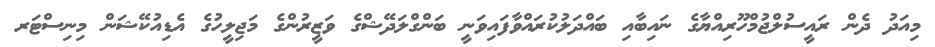
މިއަދު ދެން ރައީސުލްޖުމްހޫރިއްޔާގެ ނައިބާއި ބައްދަލުކުރައްވާފައިވަނީ ބަންގްލަދޭޝްގެ ވަޒީރުންގެ މަޖިލީހުގެ އެޑިއުކޭޝަން މިނިސްޓަރ